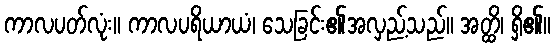
ကာလပတ်လုံး။ ကာလပရိယာယံ၊ သေခြင်း၏အလှည့်သည်။ အတ္ထိ၊ ရှိ၏။